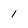
Character: 1